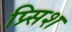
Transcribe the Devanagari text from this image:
प्र्सिश